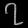
Digit: ၇